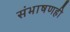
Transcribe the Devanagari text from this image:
संभाषणही